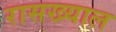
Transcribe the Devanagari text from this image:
रासख्याल